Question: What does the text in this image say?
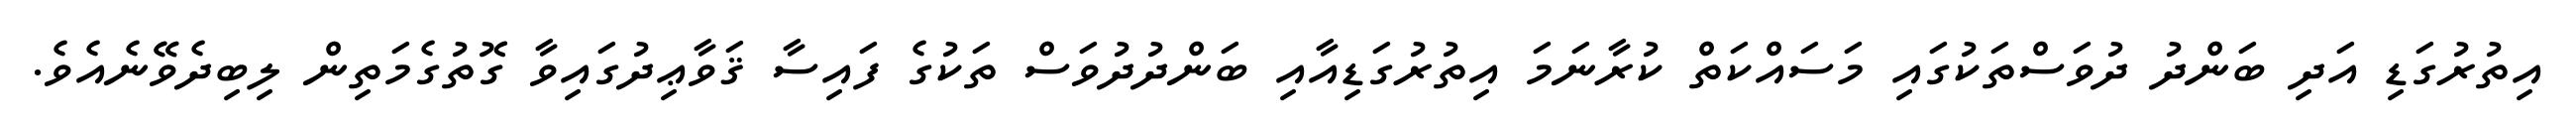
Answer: އިތުރުގަޑި އަދި ބަންދު ދުވަސްތަކުގައި މަސައްކަތް ކުރާނަމަ އިތުރުގަޑިއާއި ބަންދުދުވަސް ތަކުގެ ފައިސާ ޤަވާޢިދުގައިވާ ގޮތުގެމަތިން ލިބިދެވޭނެއެވެ.